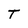
Character: T